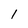
Character: 1